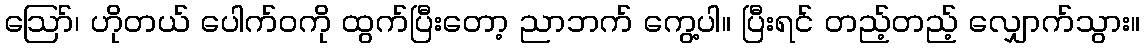
ဪ၊ ဟိုတယ် ပေါက်ဝကို ထွက်ပြီးတော့ ညာဘက် ကွေ့ပါ။ ပြီးရင် တည့်တည့် လျှောက်သွား။